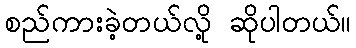
စည်ကားခဲ့တယ်လို့ ဆိုပါတယ်။